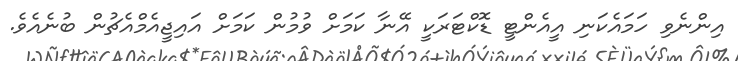
އިންނެވި ހަމައެކަނި އީއެންޓީ ޑޮކްޓަރަކީ އޭނާ ކަަމަށް ވުމުން ކަަމަށް އައިޖީއެމްއެޗުން ބުނެއެވެ.